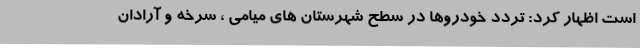
است اظهار کرد: تردد خودروها در سطح شهرستان های میامی ، سرخه و آرادان